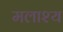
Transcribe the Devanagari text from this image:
मलाश्य